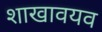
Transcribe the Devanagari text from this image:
शाखावयव